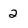
Character: 2